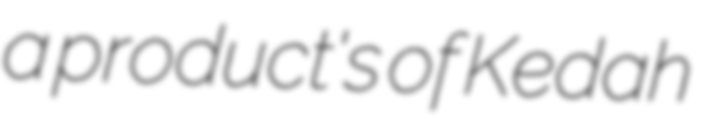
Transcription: a product's of Kedah